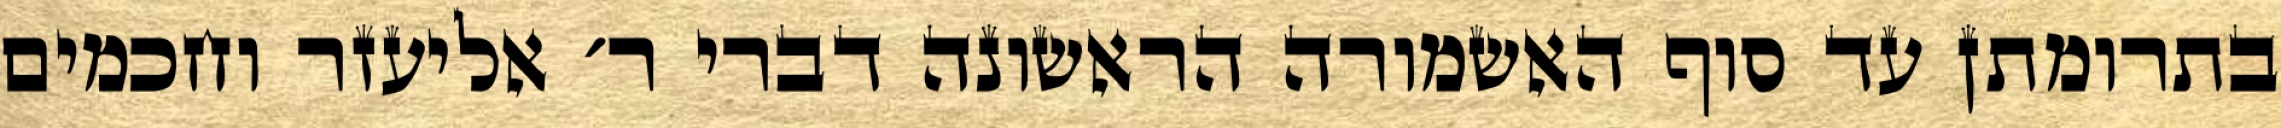
בתרומתן עד סוף האשמורה הראשונה דברי ר׳ אליעזר וחכמים